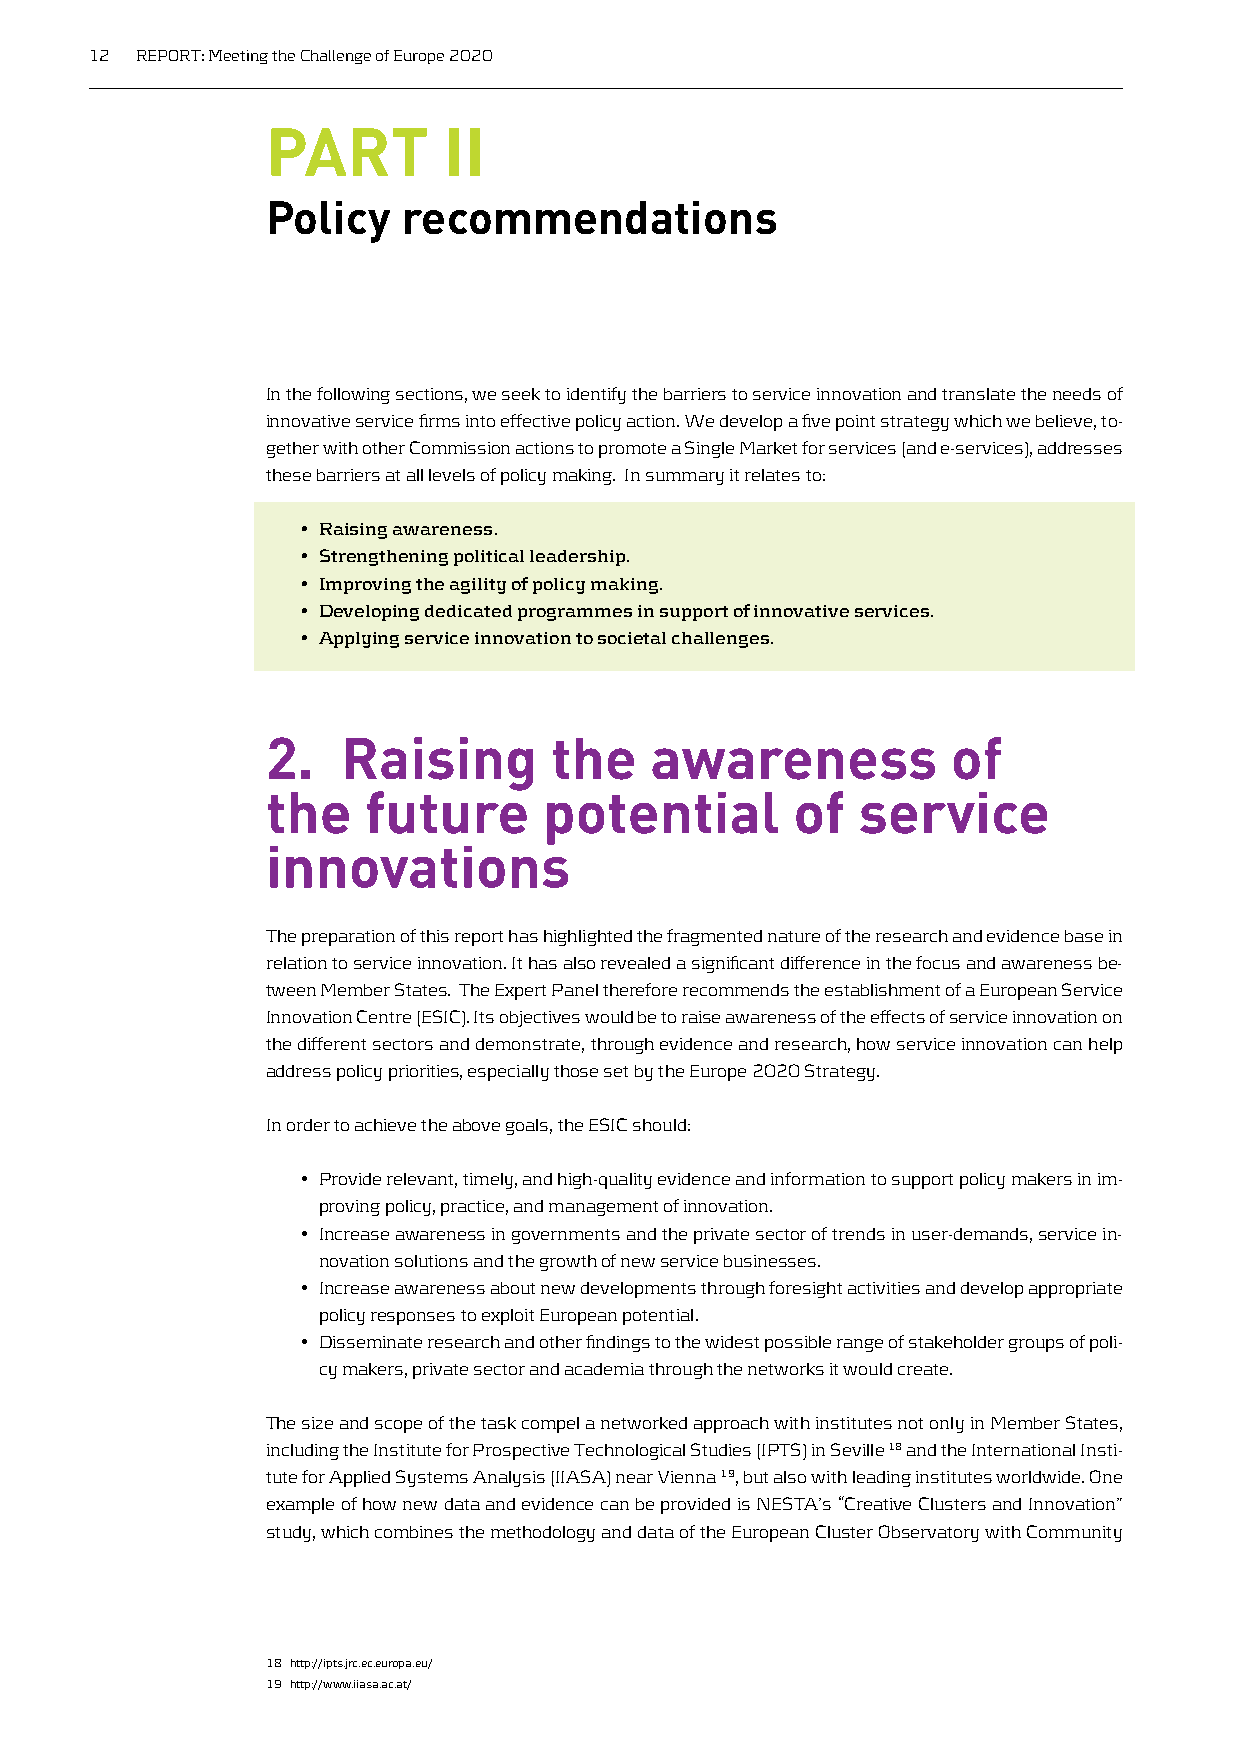
12 REPORT: Meeting the Challenge of Europe 2020
 PART       II
 Policy   recommendations
 In the following sections, we seek to identify the barriers to service innovation and translate the needs of
 innovative service firms into effective policy action. We develop a five point strategy which we believe, to-
 gether with other Commission actions to promote a Single Market for services (and e-services), addresses
 these barriers at all levels of policy making. In summary it relates to:
 • Raising awareness.
 • Strengthening political leadership.
 • Improving the agility of policy making.
 • Developing dedicated programmes in support of innovative services.
 • Applying service innovation to societal challenges.
 2.   Raising      the    awareness           of
 the   future      potential       of   service
 innovations
 The preparation of this report has highlighted the fragmented nature of the research and evidence base in
 relation to service innovation. It has also revealed a significant difference in the focus and awareness be-
 tween Member States. The Expert Panel therefore recommends the establishment of a European Service
 Innovation Centre (ESIC). Its objectives would be to raise awareness of the effects of service innovation on
 the different sectors and demonstrate, through evidence and research, how service innovation can help
 address policy priorities, especially those set by the Europe 2020 Strategy.
 In order to achieve the above goals, the ESIC should:
 • Provide relevant, timely, and high-quality evidence and information to support policy makers in im-
 proving policy, practice, and management of innovation.
 • Increase awareness in governments and the private sector of trends in user-demands, service in-
 novation solutions and the growth of new service businesses.
 • Increase awareness about new developments through foresight activities and develop appropriate
 policy responses to exploit European potential.
 • Disseminate research and other findings to the widest possible range of stakeholder groups of poli-
 cy makers, private sector and academia through the networks it would create.
 The size and scope of the task compel a networked approach with institutes not only in Member States,
 including the Institute for Prospective Technological Studies (IPTS) in Seville 18 and the International Insti-
 tute for Applied Systems Analysis (IIASA) near Vienna 19, but also with leading institutes worldwide. One
 example of how new data and evidence can be provided is NESTA’s “Creative Clusters and Innovation”
 study, which combines the methodology and data of the European Cluster Observatory with Community
 18 http://ipts.jrc.ec.europa.eu/
 19 http://www.iiasa.ac.at/